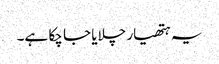
یہ ہتھیار چلایا جا چکا ہے۔